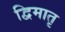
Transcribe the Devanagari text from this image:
द्विमातृ